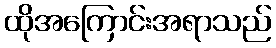
ထိုအကြောင်းအရာသည်